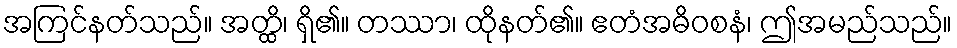
အကြင်နတ်သည်။ အတ္ထိ၊ ရှိ၏။ တဿာ၊ ထိုနတ်၏။ ဧတံအဓိဝစနံ၊ ဤအမည်သည်။